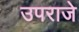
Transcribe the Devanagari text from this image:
उपराजे